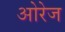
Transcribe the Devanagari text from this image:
ओरेज